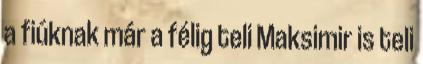
a fiúknak már a félig teli Maksimir is teli